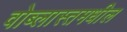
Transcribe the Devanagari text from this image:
वोब्लास्तमधील